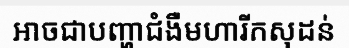
អាចជាបញ្ហាជំងឺមហារីកសុដន់